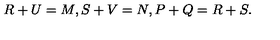
R + U = M , S + V = N , P + Q = R + S .